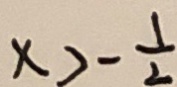
x > - \frac { 1 } { 2 }